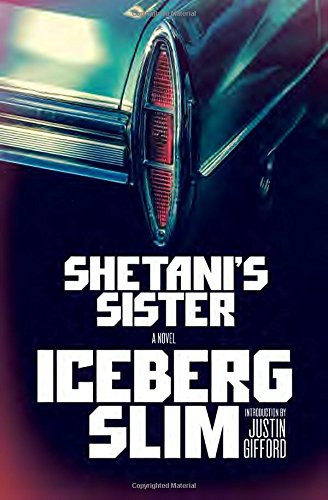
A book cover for Shetani's Sister (Vintage Crime/Black Lizard); Iceberg Slim; Mystery, Thriller & Suspense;